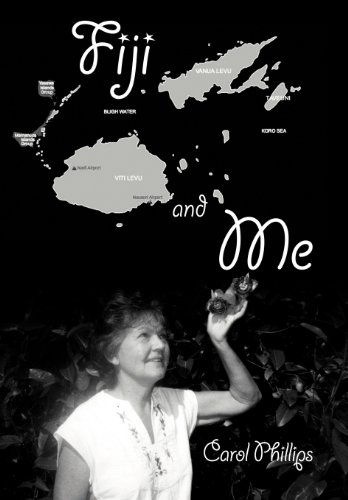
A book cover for Fiji and Me; Carol Phillips; Travel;